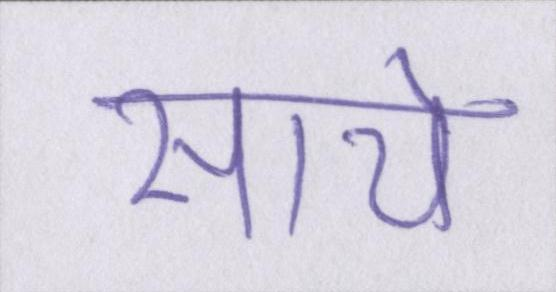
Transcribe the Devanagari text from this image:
साये